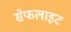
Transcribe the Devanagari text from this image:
सेफलाइट